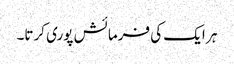
ہر ایک کی فرمائش پوری کرتا۔